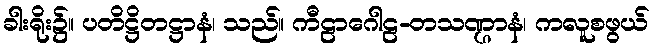
ခါးရိုး၌။ ပတိဋ္ဌိတဋ္ဌာနံ၊ သည်။ ကီဠာဂေါဠ-တသဏ္ဌာနံ၊ ကလူစဖွယ်